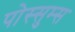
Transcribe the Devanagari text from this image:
पोस्सुम्स